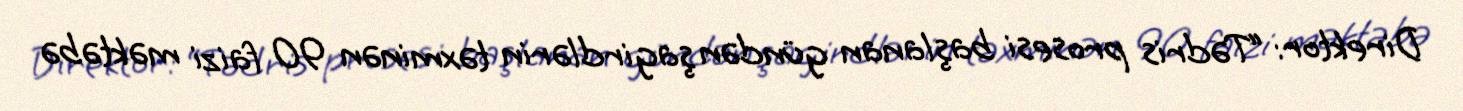
Direktor: “Tədris prosesi başlanan gündən şagirdlərin təxminən 90 faizi məktəbə